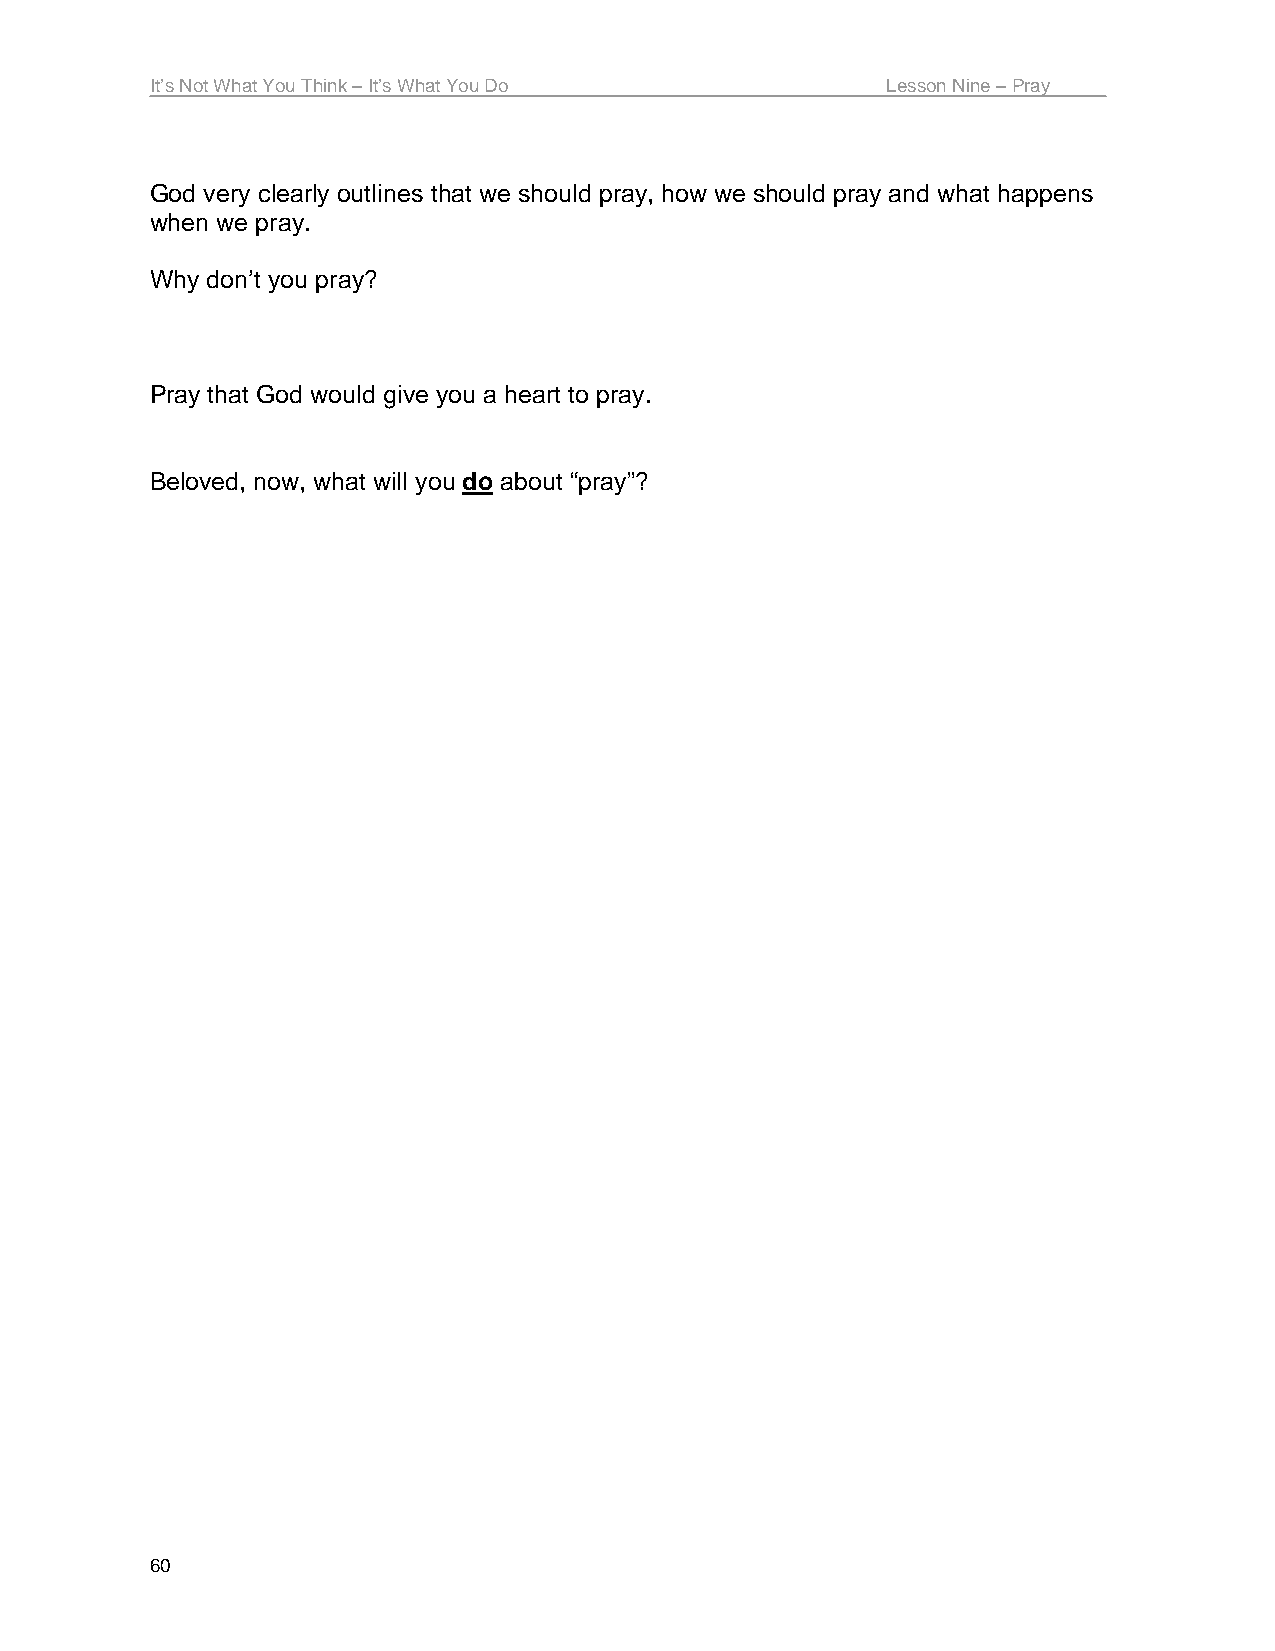
It’s Not What You Think – It’s What You Do       Lesson Nine – Pray
 God very clearly outlines that we should pray, how we should pray and what happens
 when we pray.
 Why don’t you pray?
 Pray that God would give you a heart to pray.
 Beloved, now, what will you do about “pray”?
 60